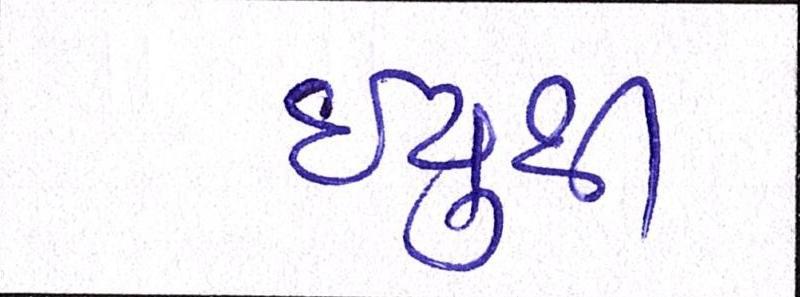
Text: ઇયુથી